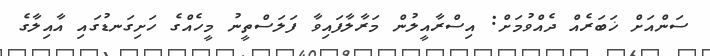
ސަންއަށް ޚަބަރެއް ދެއްވުމަށް: އިސްރާއީލުން މަރާލާފައިވާ ފަލަސްތީނު މީހެއްގެ ހަށިގަނޑުގައި އާއިލާގެ